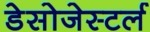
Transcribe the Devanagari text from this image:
डेसोजेस्टर्ल